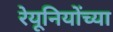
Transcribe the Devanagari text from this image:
रेयूनियोंच्या